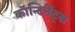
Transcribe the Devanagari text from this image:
कॉन्टिनेंट्स